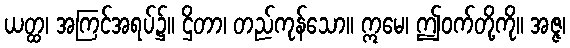
ယတ္ထ၊ အကြင်အရပ်၌။ ဌိတာ၊ တည်ကုန်သော။ ဣမေ၊ ဤဝက်တို့ကို။ အဇ္ဇ၊